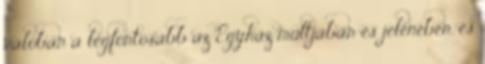
valóban a legfontosabb az Egyház múltjában és jelenében, és